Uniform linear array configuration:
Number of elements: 4
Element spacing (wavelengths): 0.25
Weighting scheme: hamming
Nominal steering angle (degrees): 15
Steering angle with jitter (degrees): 16.719
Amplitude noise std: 0.05
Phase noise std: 0.05

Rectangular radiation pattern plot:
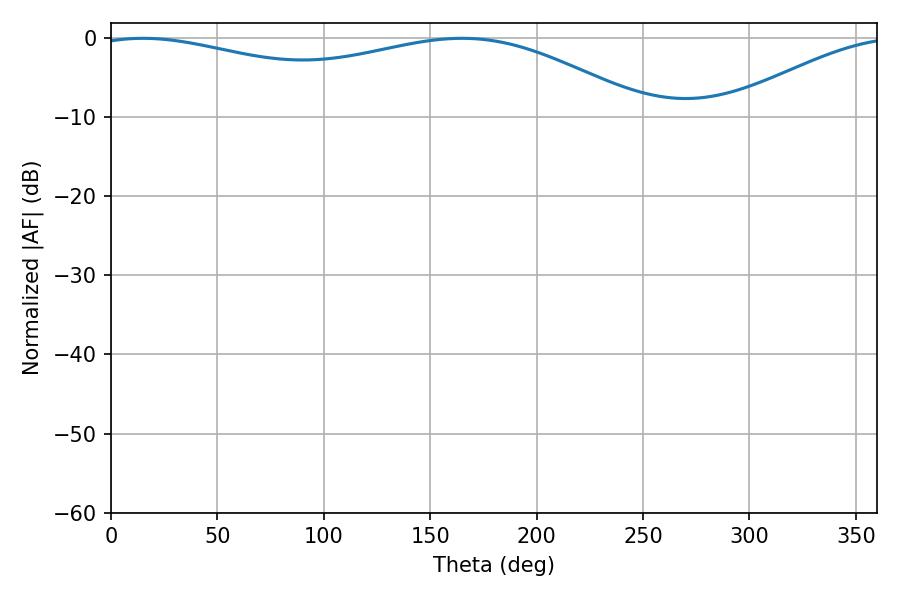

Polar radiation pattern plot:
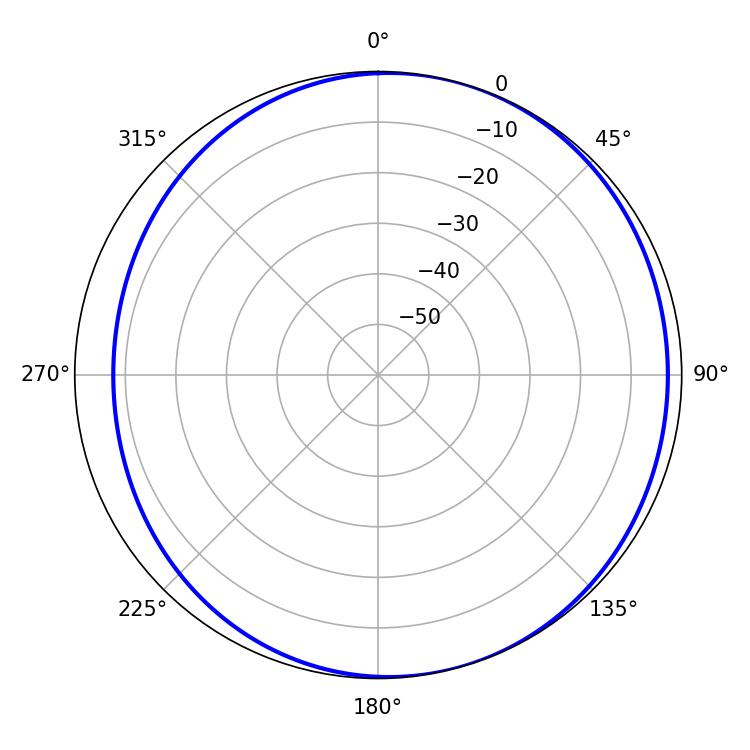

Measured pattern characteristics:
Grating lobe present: FALSE
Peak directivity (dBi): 4.137
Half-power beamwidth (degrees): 212.22
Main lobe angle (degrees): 15.12